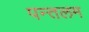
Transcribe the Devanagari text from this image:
पन्तलम